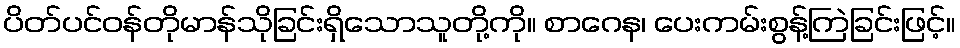
ပိတ်ပင်ဝန်တိုမာန်သိုခြင်းရှိသောသူတို့ကို။ စာဂေန၊ ပေးကမ်းစွန့်ကြဲခြင်းဖြင့်။